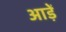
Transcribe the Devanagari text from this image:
आड़ें